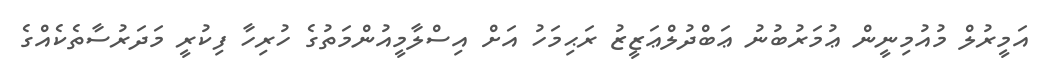
އަމީރުލް މުއުމިނީން ޢުމަރުބުނު ޢަބްދުލްޢަޒީޒު ރަޙިމަހު އަށް އިސްލާމީއުންމަތުގެ ހުރިހާ ފިކުރީ މަދަރުސާތެކެއްގެ